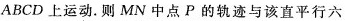
ABCD上运动。则MN中点P的轨迹与该直平行六